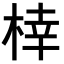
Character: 𪲟